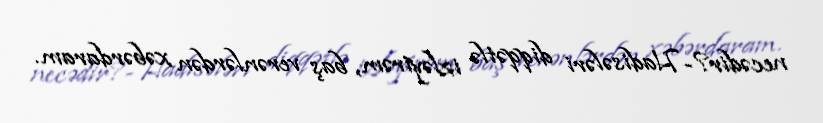
necədir?- Hadisələri diqqətlə izləyirəm, baş verənlərdən xəbərdaram.